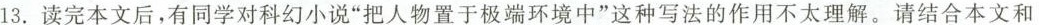
读完本文后，有同学对科幻小说“把人物置于极端环境中”这种写法的作用不太理解。请结合本文和